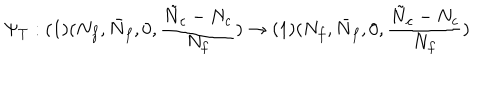
LaTeX: \Psi _ { T } : ( 1 ) ( N _ { f } , \bar { N } _ { f } , 0 , \frac { \tilde { N } _ { c } - N _ { c } } { N _ { f } } ) \rightarrow ( 1 ) ( N _ { f } , \bar { N } _ { f } , 0 , \frac { \tilde { N } _ { c } - N _ { c } } { N _ { f } } )